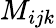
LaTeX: M_{ijk}